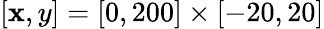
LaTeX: [\mathbf{x},y]=[0,200]\times[-20,20]